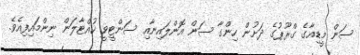
ސަން މީޑިއާގެ ގްރޫޕުގެ ދަށުން ހިންގާ ސަން އޮންލައިނާއި ސަންޓީވީ ހުއްޓާލަން ނިންމައިފިއެވެ.